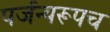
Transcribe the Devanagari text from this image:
पर्जन्यरूपच